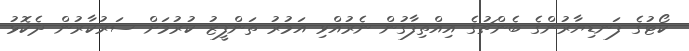
ކޯޓުގެ ފަނޑިޔާރުންގެ ބެންޗުގެ އިއްތިފާގުން ނެރުއްވި އަމުރު ތަންފީޒު ކުރުމަށް ސަރުކާރުން ދެކޮޅު